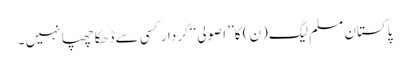
پاکستان مسلم لیگ(ن) کا’’ اصولی‘‘ کردار کسی سے ڈھکا چھپا نہیں ۔